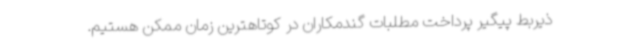
ذیربط پیگیر پرداخت مطلبات گندمکاران در کوتاهترین زمان ممکن هستیم.